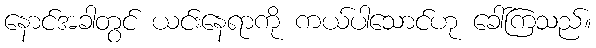
နောင်အခါတွင် ယင်းနေရာကို ကယ်ပါသောင်ဟု ခေါ်ကြသည်။